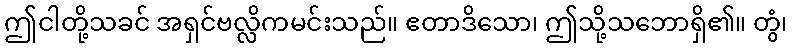
ဤငါတို့သခင် အရှင်ဗလ္လိကမင်းသည်။ ဧတာဒိသော၊ ဤသို့သဘောရှိ၏။ တွံ၊